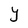
Character: Y